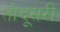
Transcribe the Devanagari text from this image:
तोदूसरी